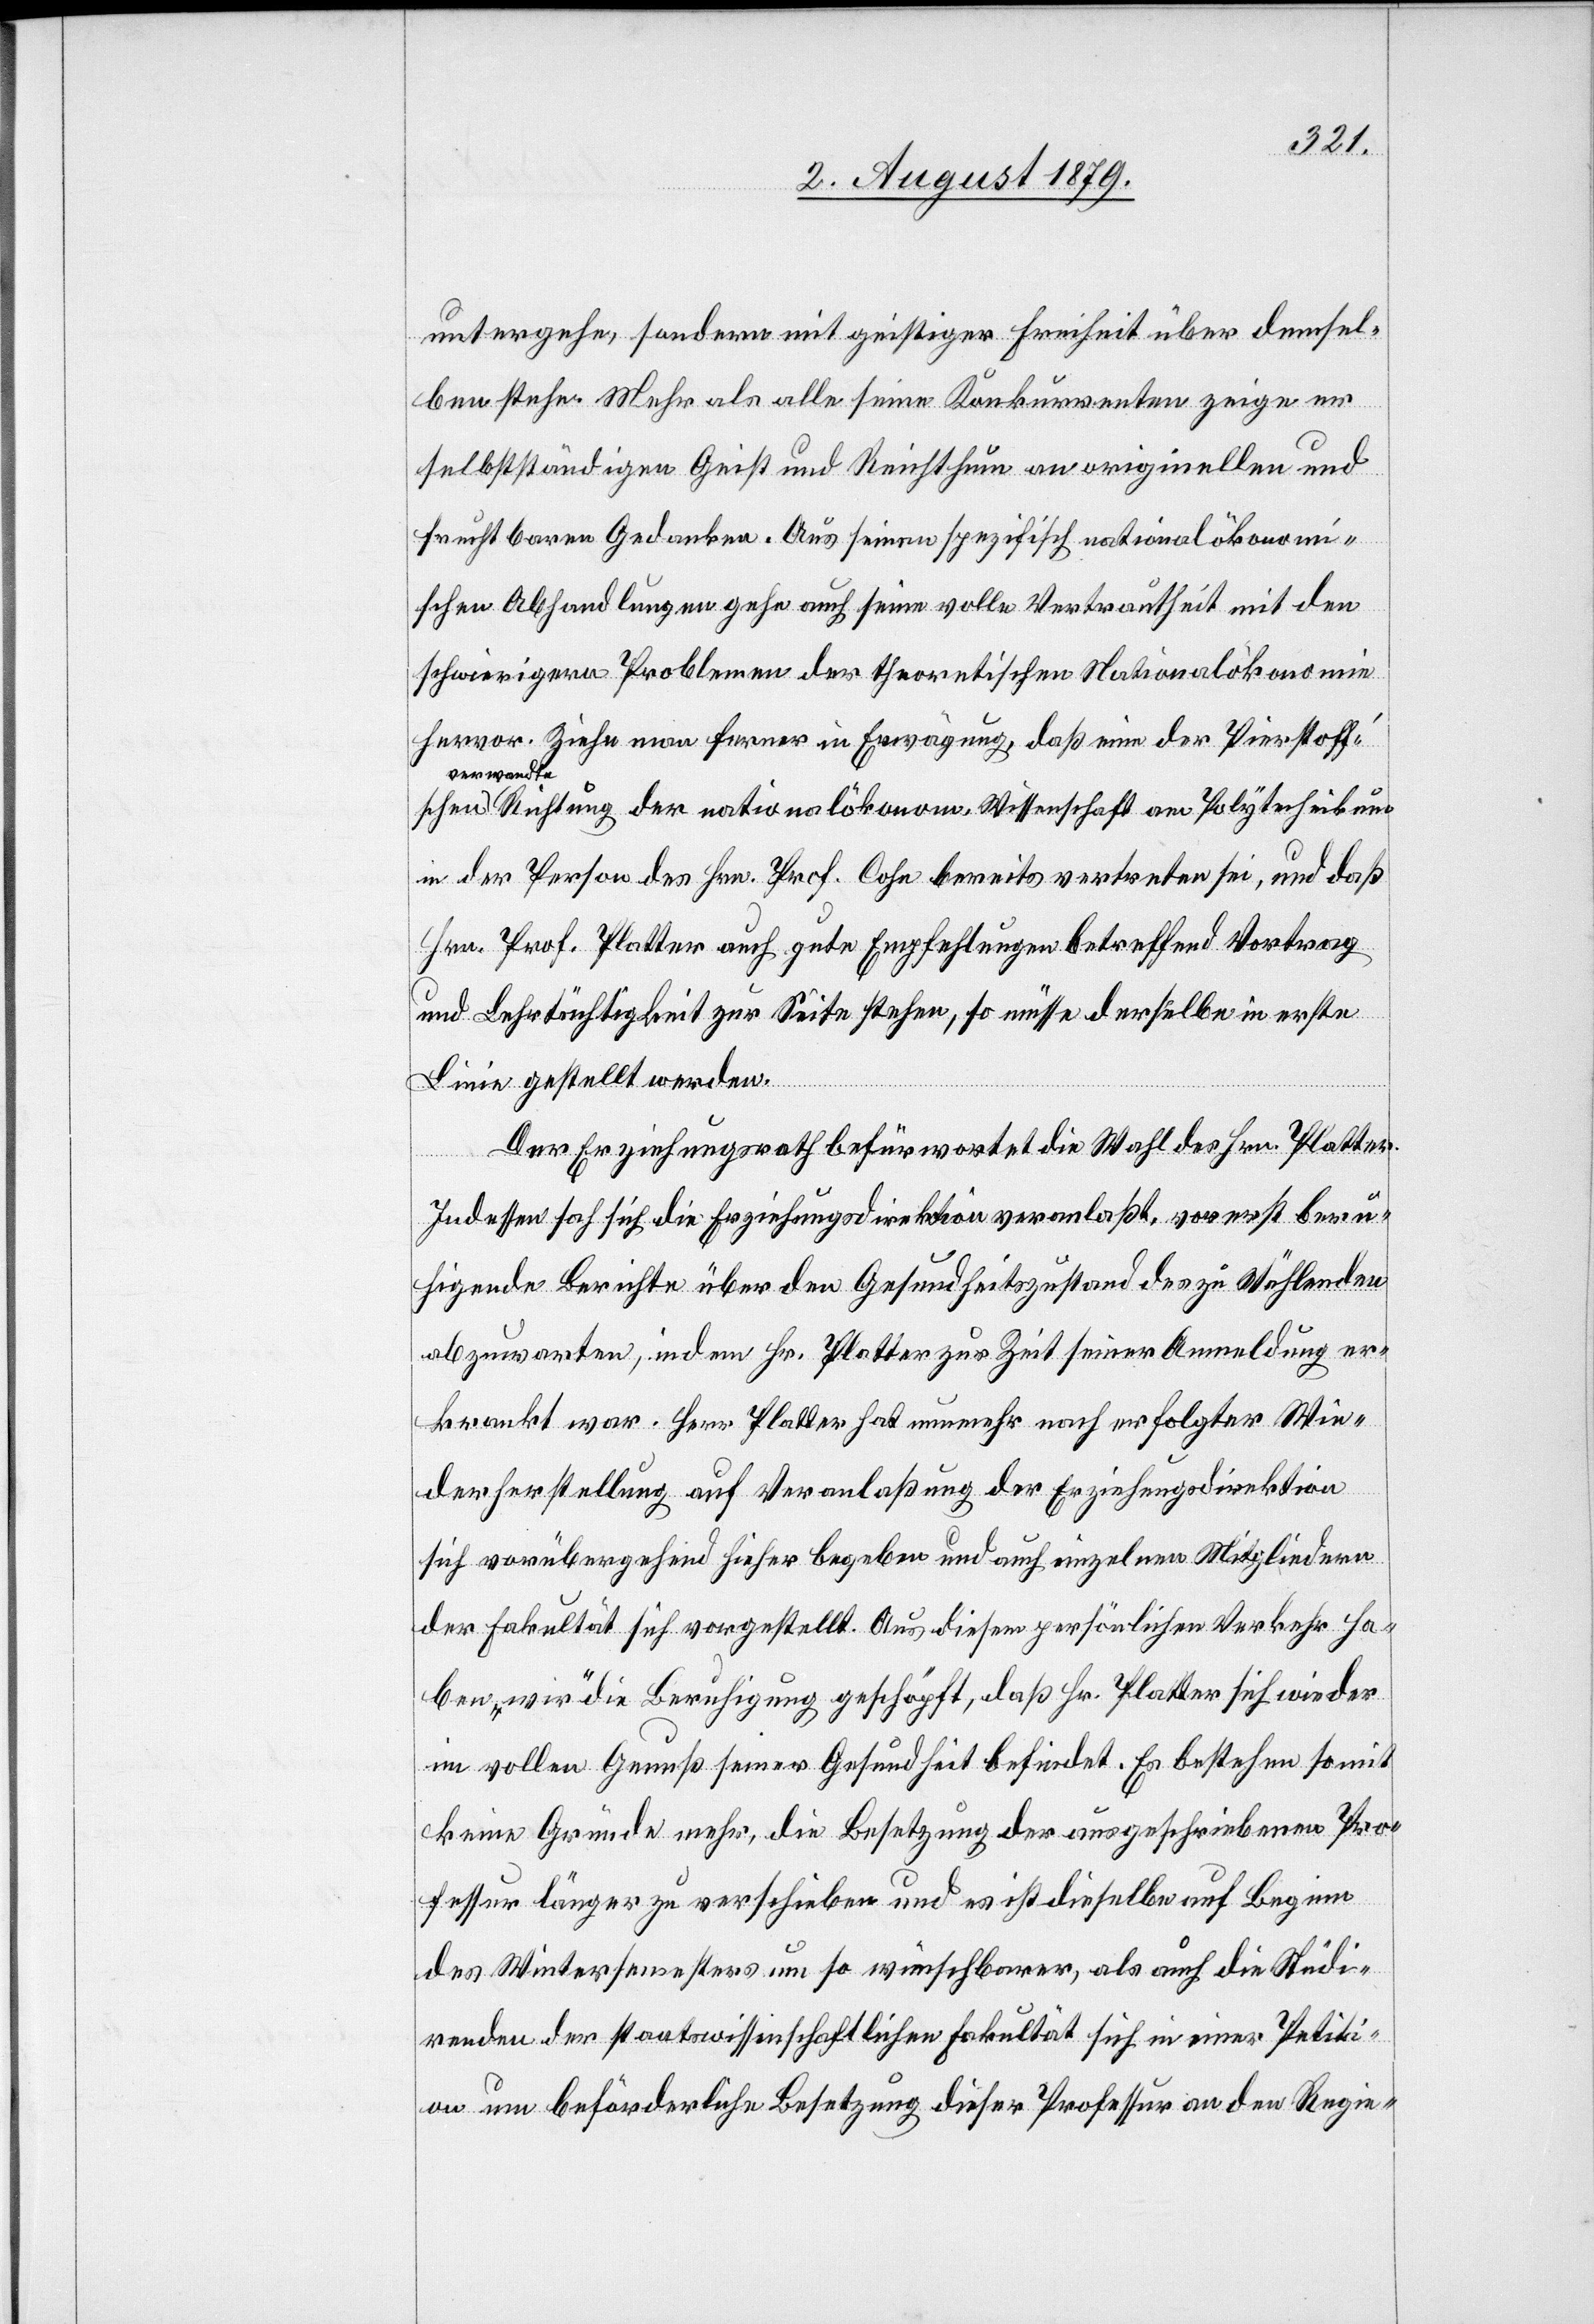
chen
untergehe, sondern mit geistiger Freiheit über demsel¬
ben stehe. Mehr als alle seine Konkurrenten zeige er
selbstständigen Geist und Reichthum an originellen und
fruchtbaren Gedanken. Aus seinen spezifisch rationalökonomi¬
schen Abhandlungen gehe auch seine volle Vertrautheit mit den
schwierigern Problemen der theoretischen Nationalökonomie
hervor. Ziehe man ferner in Erwägung, daß eine der Pierstoff’s¬
verwandt¬
e Richtung der nationalökonom. Wirthschaft am Polytechnikum
in der Person des Hrn. Prof. Cohn bereits vertreten sei, und daß
Hrn. Prof. Platter auch gute Empfehlungen betreffend Vortrag
und Lehrtüchtigkeit zur Seite stehen, so müsse derselbe in erste
Linie gestellt werden.
Der Erziehungsrath befürwortet die Wahl des Hrn. Platter.
Indessen hat sich die Erziehungsdirektion veranlaßt, vorerst beru¬
higende Berichte über den Gesundheitszustand des zu Wählenden
abzuwarten, indem Hr. Platter zur Zeit seiner Anmeldung er¬
krankt war. Herr Platter hat nunmehr nach erfolgter Wie¬
derherstellung auf Veranlaßung der Erziehungsdirektion
sich vorübergehend hieher begeben und auch einzelnen Mitgliedern
der Fakultät sich vorgestellt. Aus diesem persönlichen Verkehr ha¬
ben „wir“ die Beruhigung geschöpft, daß Hr. Platter sich wieder
in vollen Genuß seiner Gesundheit befindet. Es bestehen somit
keine Gründe mehr, die Besetzung der ausgeschriebenen Pro¬
fessur länger zu verschieben und es ist dieselbe auf Beginn
des Wintersemesters um so wünschbarer, als auch die Studi¬
renden der staatswissenschaftlichen Fakultät sich in einer Petiti¬
on um beförderliche Besetzung dieser Professur an den Regie-